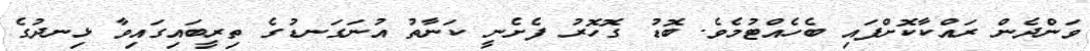
ވަންދެން ރައްކާކޮށްފައި ބެހެއްޓުމެވެ. ބޮޑު ގޮހޮރު ފެށެނީ ކަނާތު އުނަގަނޑުގެ ތިރީބައިގައިވާ ޅިނދުގެ